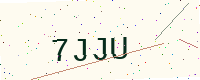
Text: 7JJU